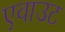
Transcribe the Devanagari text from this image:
एवाउट